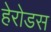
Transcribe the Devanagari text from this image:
हेरोडस